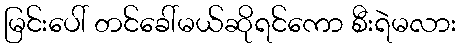
မြင်းပေါ် တင်ခေါ်မယ်ဆိုရင်ကော စီးရဲမလား